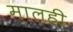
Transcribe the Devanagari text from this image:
मालही